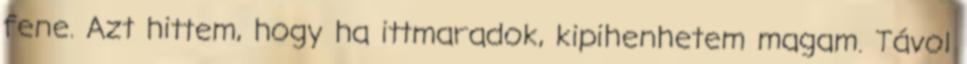
fene. Azt hittem, hogy ha ittmaradok, kipihenhetem magam. Távol